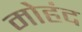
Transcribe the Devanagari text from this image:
मोहंद